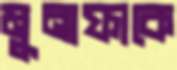
মুনাফাকে